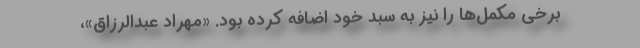
برخی مکمل‌ها را نیز به سبد خود اضافه کرده بود. «مهراد عبدالرزاق»،